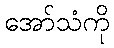
အော်သံကို